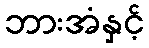
ဘားအံနှင့်